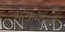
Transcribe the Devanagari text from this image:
मन्त्रान्यस्ताः